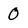
Character: 0